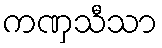
ကဏှသီသာ